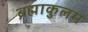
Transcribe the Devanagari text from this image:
ब्रह्माकुलम